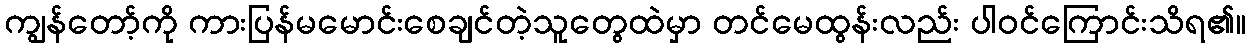
ကျွန်တော့်ကို ကားပြန်မမောင်းစေချင်တဲ့သူတွေထဲမှာ တင်မေထွန်းလည်း ပါဝင်ကြောင်းသိရ၏။